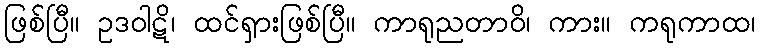
ဖြစ်ပြီ။ ဥဒဝါဋိ၊ ထင်ရှားဖြစ်ပြီ။ ကာရုညတာဝိ၊ ကား။ ကရုကာထ၊